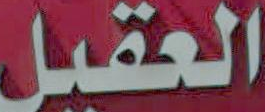
العقيل